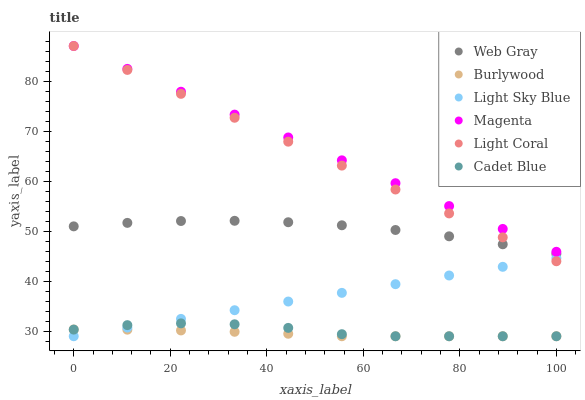
| xaxis_label | Web Gray | Burlywood | Light Sky Blue | Magenta | Light Coral | Cadet Blue |
 | --- | --- | --- | --- | --- | --- | --- |
 | 0 | 51 | 30.3 | 29 | 87 | 87 | 30.3 |
 | 11.1 | 51.7 | 30.3 | 30.7 | 82.4 | 82.2 | 31.2 |
 | 22.2 | 52 | 30.2 | 32.5 | 77.9 | 77.4 | 31.6 |
 | 33.3 | 52.1 | 29.9 | 34.2 | 73.3 | 72.7 | 31.4 |
 | 44.4 | 51.8 | 29.5 | 35.9 | 68.7 | 67.9 | 30.7 |
 | 55.6 | 51.2 | 29 | 37.7 | 64.2 | 63.1 | 29.4 |
 | 66.7 | 50.2 | 29 | 39.4 | 59.6 | 58.3 | 29 |
 | 77.8 | 49 | 29 | 41.1 | 55 | 53.5 | 29 |
 | 88.9 | 47.4 | 29 | 42.9 | 50.4 | 48.8 | 29 |
 | 100 | 45.5 | 29 | 44.6 | 45.9 | 44 | 29 |